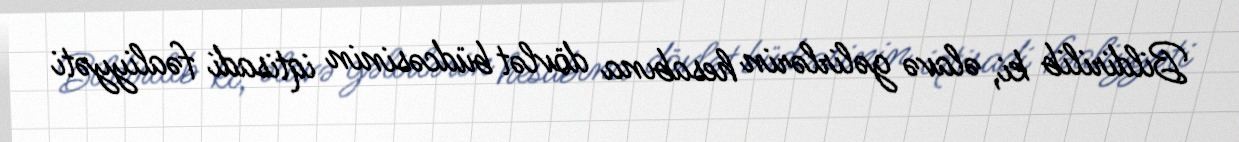
Bildirilib ki, əlavə gəlirlərin hesabına dövlət büdcəsinin iqtisadi fəaliyyəti